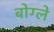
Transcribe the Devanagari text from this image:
बोग्ले